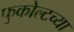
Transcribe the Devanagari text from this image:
फुकोल्टच्या